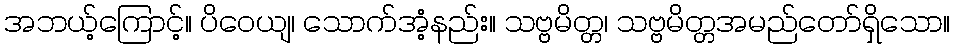
အဘယ့်ကြောင့်။ ပိဝေယျ၊ သောက်အံ့နည်း။ သဗ္ဗမိတ္တ၊ သဗ္ဗမိတ္တအမည်တော်ရှိသော။